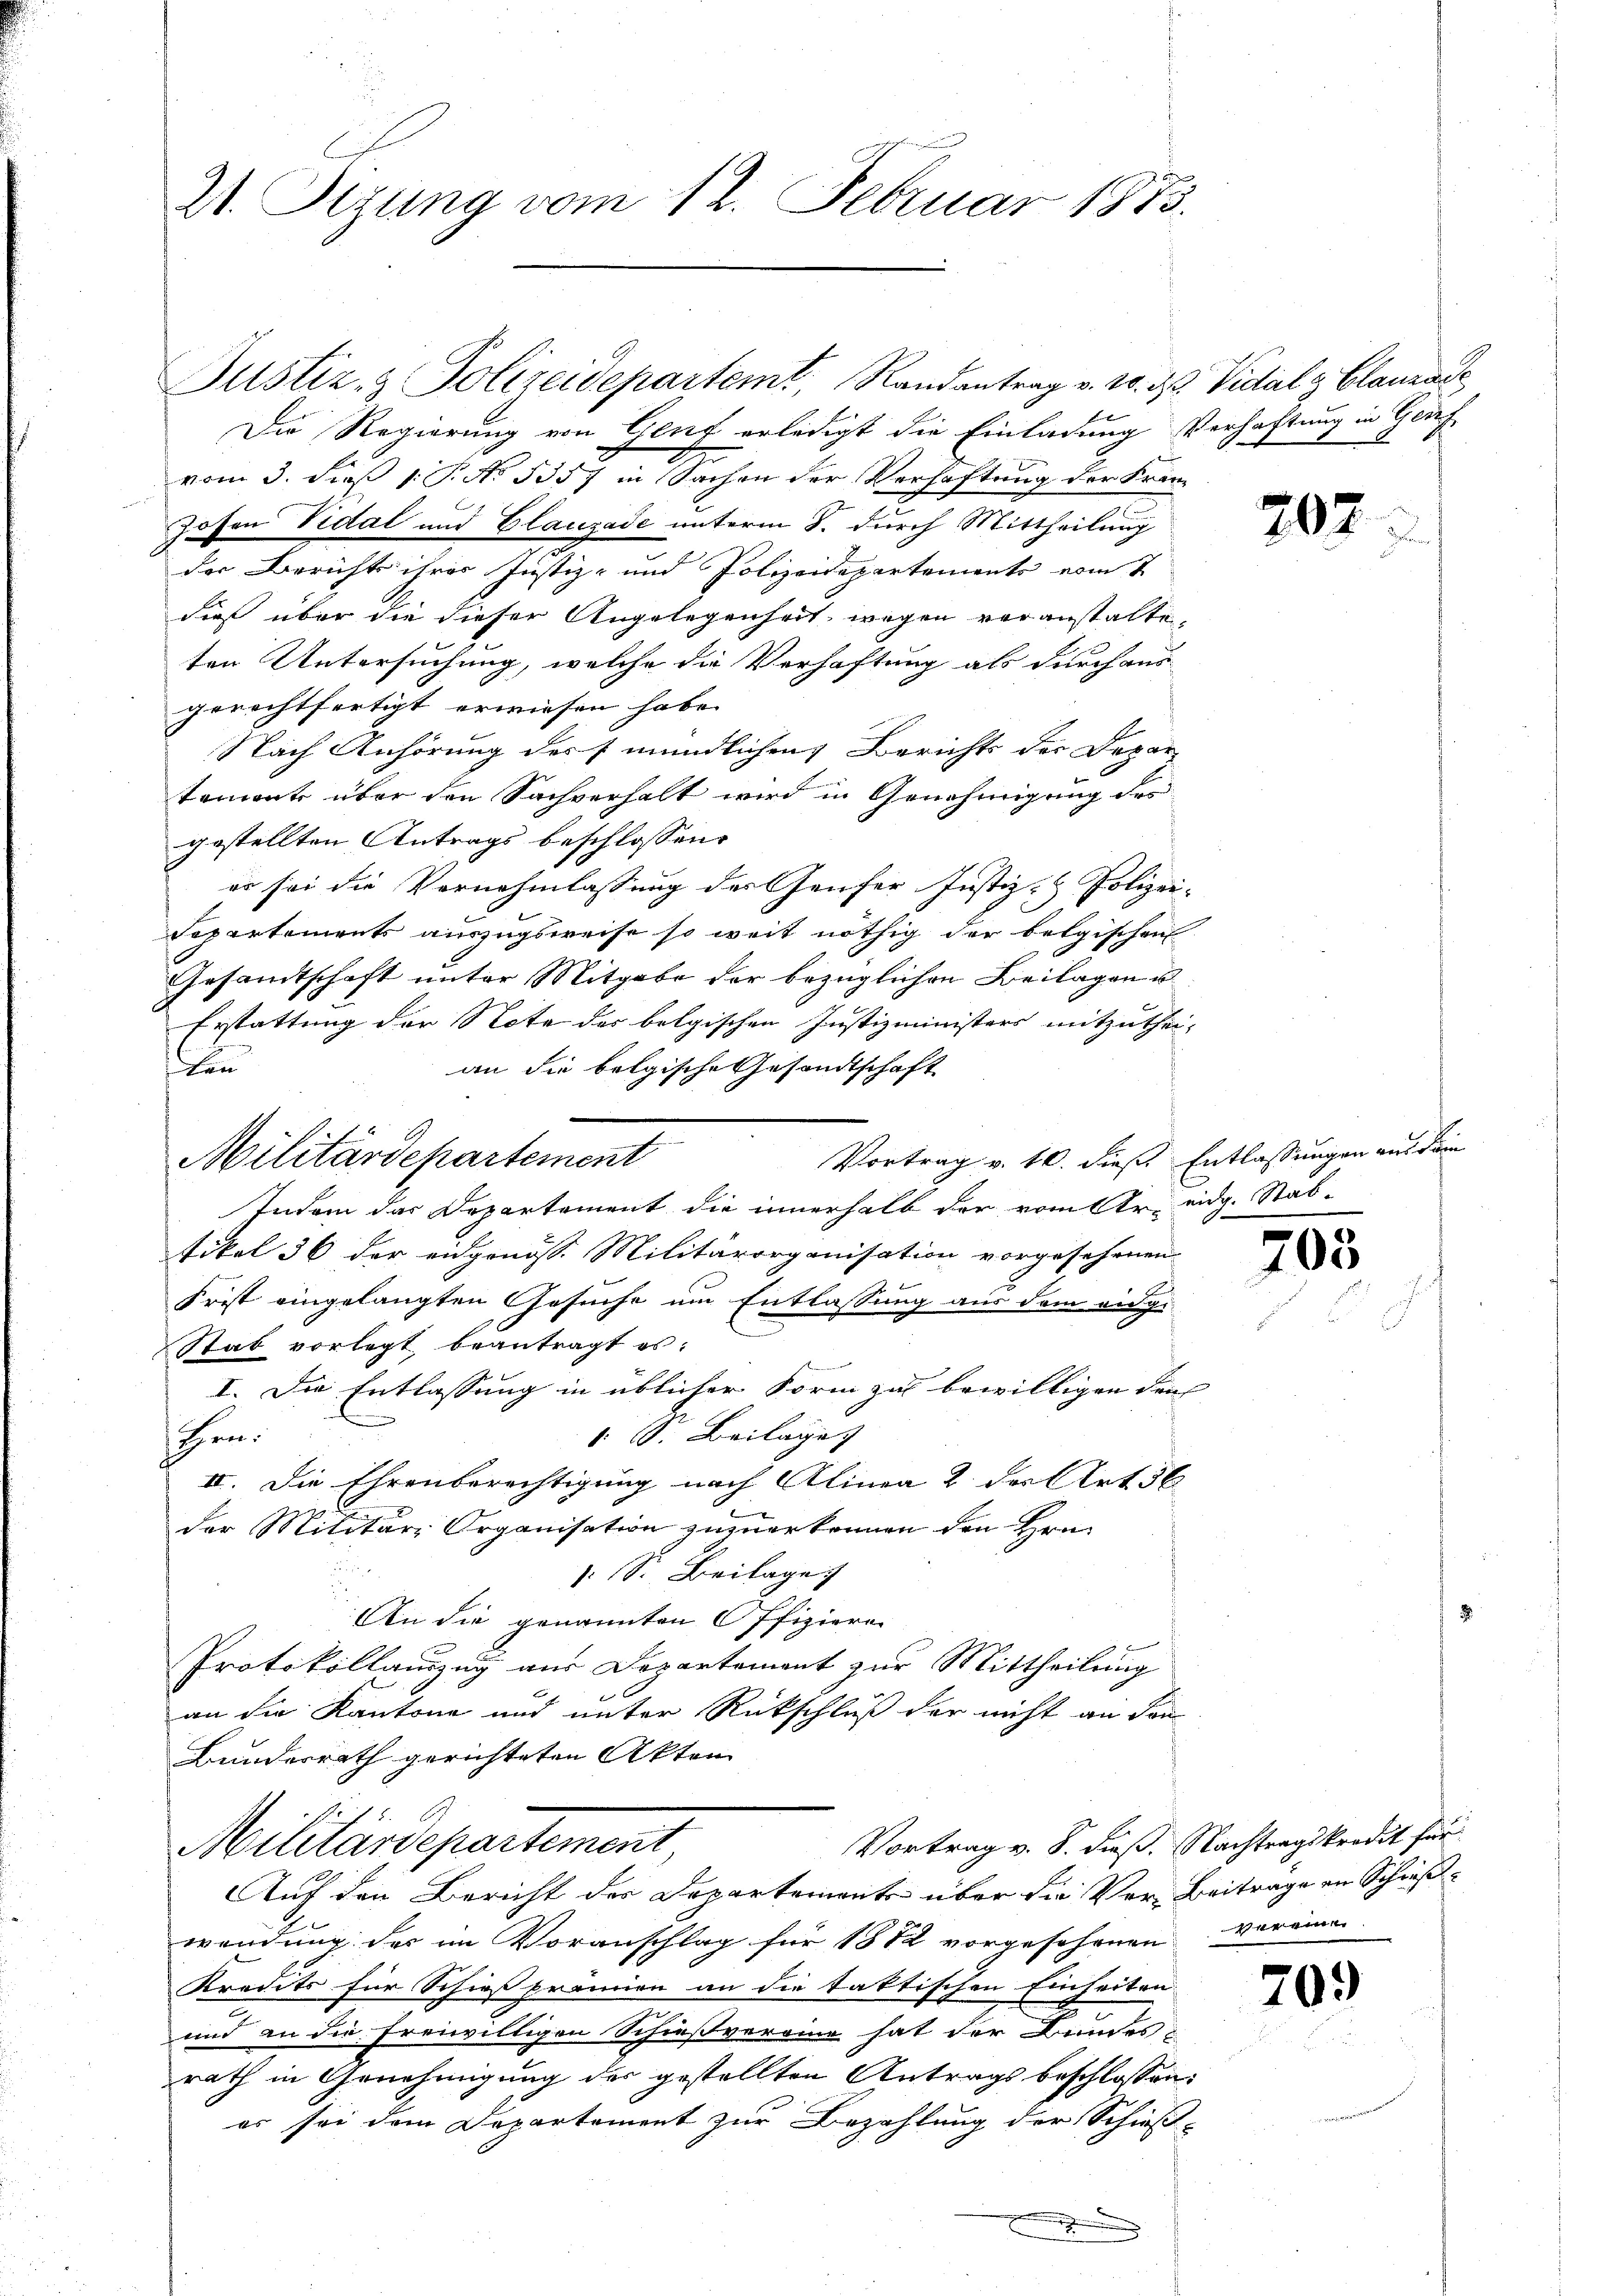
21. Sizung vom 12. Februar 1873.

Die Regierung von Genf erledigt die Einladung Verhaftung in Gef
vom 3. dieß 1: P. No 5357 in Sachen der Verhaftung der Fran¬
Hohen Vidal und Blauzade unterm 8. durch Mittheilung
der Berichts ihrer Justiz- und Polizeidepartements vom 7.
dieß über die dieser Angelegenheit, wegen veranstalte,
ten Untersuchung, welche die Verhaftung als durchaus-
gerechtfertigt erwiesen habe.
Nach Anhörung des mündlichen Berichts der Depar
tement über den Sachverhalt wird in Genehmigung des
gestellten Antrags beschlossen:
er sei die Vornehmlassung der Genfer Justiz- & Polizei-
Separtements auszugsweise so weit nöthig der belgischen
Gesandtschaft unter Mitgabe der bezüglichen Beilagen u
Erstattung der Note der belgischen Justizministers mitzuthei-
an die belgische Gesandtschaft
k
Vortrag v. 10. dieß Entlassungen aus dem
Indem das Departement die innerhalb der vom Ar. eidg. Stab-
tikel 36 der eidgenöss. Militärorganisation vorgesehenen
Frist eingelangten Gesuche um Entlassung aus dem eidge
.
Stab vorlegt, beantragt es:
I. Die Entlassung in üblicher Form zu bewilligen den
1 S. Beilage |
schen.
II. Die Ehrenberechtigung nach Alinea 2 der Art. 56
der Militär-Organisation zuzuerkennen den Hrn.
F
1 S. Beilage
An die genannten Offizieren
Protokollauszug aus Departement zur Mittheilung
an die Kantone und unter Rückschluß der nicht an den
Bundesrath gerichteten Akten |
Vortrag v. 8. dieß. Nachtragskredit für
Militärdepartement
Auf den Bericht der Departements über die Ver- Beiträge ein Schießwendung des im Voranschlag für 1882 vorgesehenen vereine
Kredits für Schießpremien an die taktischen Einheiten.
und an die freiwilligen Schießvereine hat der Bundes
rath in Genehmigung des gestellten Antrags beschlossen:
es sei dem Departement zur Bezahlung der Schieß-
E

Militärdepartement

Justiz- & Polizeidepartemt, Randantrag v. 20. d. Vidal - Clauzac

207

703

209